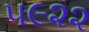
૫૯૨૨